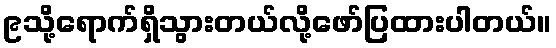
၉သို့ရောက်ရှိသွားတယ်လို့ဖော်ပြထားပါတယ်။